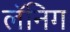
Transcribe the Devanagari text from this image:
लॅनिग